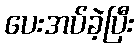
ပေးအပ်ခဲ့ပြီး